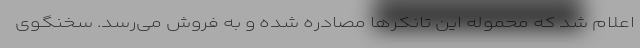
اعلام شد که محمولهٔ این تانکرها مصادره شده و به فروش می‌رسد. سخنگوی